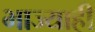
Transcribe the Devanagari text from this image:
भाज्याही